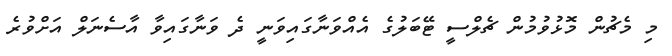
މި މެޗުން މޮޅުވުމުން ޗެލްސީ ޓޭބަލުގެ އެއްވަނާގައިވަނީ ދެ ވަނާގައިވާ އާސެނަލް އަށްވުރެ